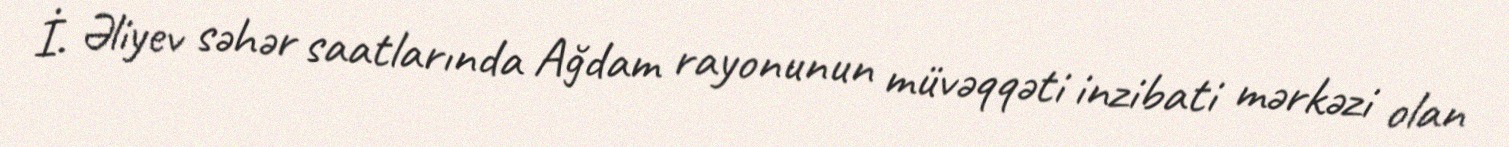
İ. Əliyev səhər saatlarında Ağdam rayonunun müvəqqəti inzibati mərkəzi olan